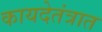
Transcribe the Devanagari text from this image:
कायदेतंत्रात